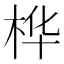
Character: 桦